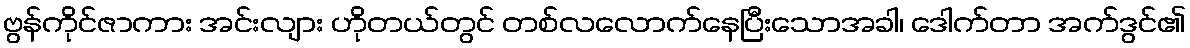
ဗွန်ကိုင်ဇာကား အင်းလျား ဟိုတယ်တွင် တစ်လလောက်နေပြီးသောအခါ၊ ဒေါက်တာ အက်ဒွင်၏